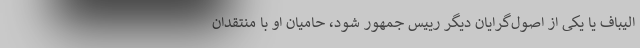
الیباف یا یکی از اصول‌گرایان دیگر رییس جمهور شود، حامیان او با منتقدان